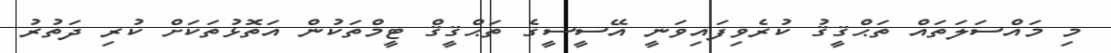
މި މައްސަލަތައް ތަޙްޤީޤު ކުރެވިފައިވަނީ އޭސީސީގެ ތަޙްޤީޤް ޓީމްތަކުން އަތޮޅުތަކަށް ކުރި ދަތުރު